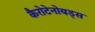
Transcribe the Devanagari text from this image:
कैरोटेनोयड्स